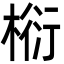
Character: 椼